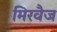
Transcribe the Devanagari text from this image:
मिरवैज